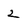
Character: 2